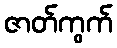
ဇာတ်ကွက်